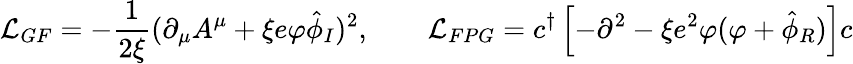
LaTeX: {\cal L}_{GF}=-\frac{1}{2\xi}(\partial_{\mu}A^{\mu}+\xi e\varphi\hat{\phi}_{I})^{2},\qquad{\cal L}_{FPG}=c^{\dagger}\left[-\partial^{2}-\xi e^{2}\varphi(\varphi+\hat{\phi}_{R})\right]c